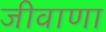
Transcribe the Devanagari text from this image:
जीवाणा